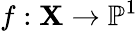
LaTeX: f:\mathbf{X}\to\mathbb{{P}}^{1}